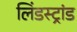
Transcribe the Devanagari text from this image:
लिंडस्ट्रांड